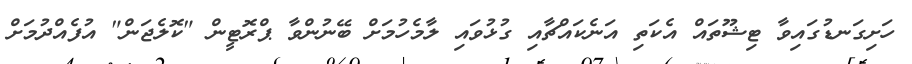
ހަށިގަނޑުގައިވާ ޓިޝޫތައް އެކަތި އަނެކައްޗާއި ގުޅުވައި ލާމެހުމަށް ބޭނުންވާ ޕްރޮޓީން "ކޮލެޖަން" އުފެއްދުމަށް